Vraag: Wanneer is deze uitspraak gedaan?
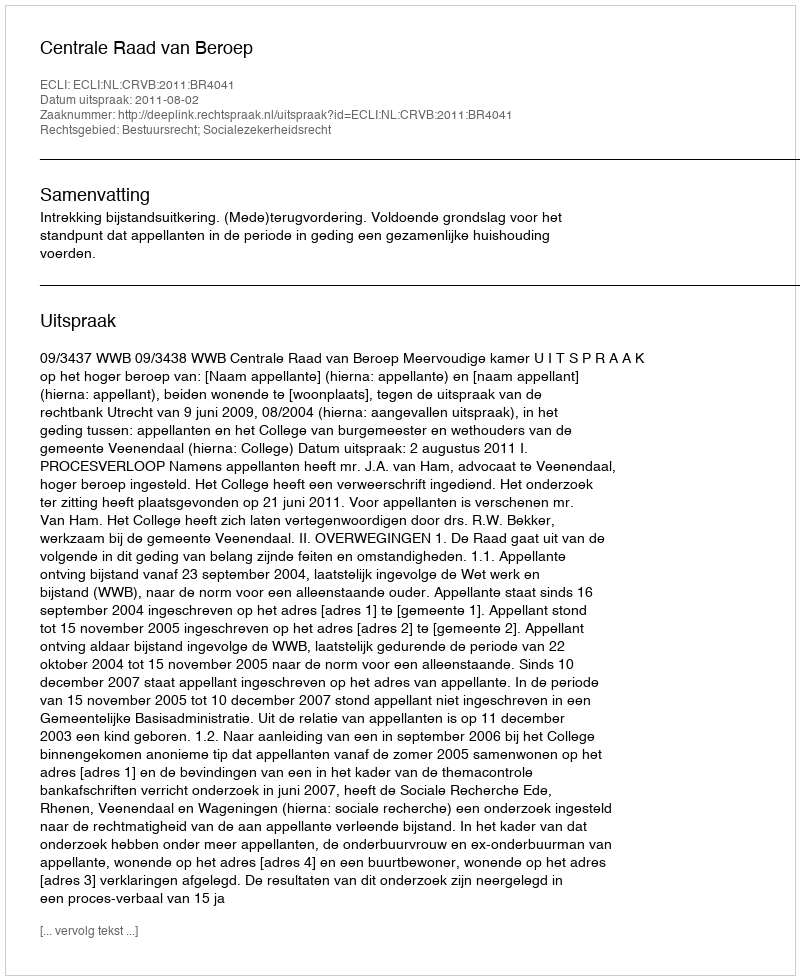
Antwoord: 2011-08-02